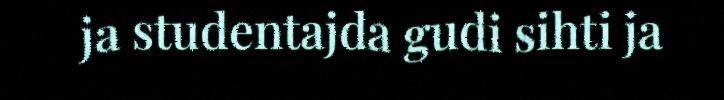
ja studentajda gudi sihti ja